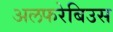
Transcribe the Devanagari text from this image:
अलफरेबिउस